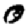
Digit: 0